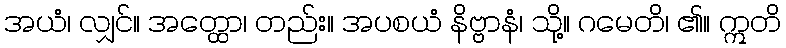
အယံ၊ လျှင်။ အတ္ထော၊ တည်း။ အပစယံ နိဗ္ဗာနံ၊ သို့။ ဂမေတိ၊ ၏။ ဣတိ